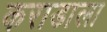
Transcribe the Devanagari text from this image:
कराडाला